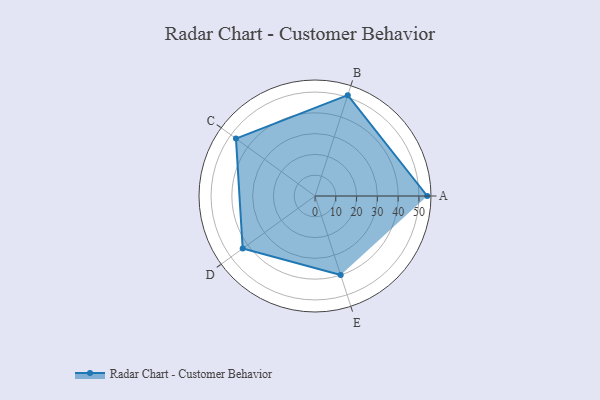
{"axis": {"x": "Skill", "y": "Score"}, "legend": ["Profile"], "data": [{"x": "A", "y": 54.0, "type": "Profile"}, {"x": "B", "y": 51.0, "type": "Profile"}, {"x": "C", "y": 47.0, "type": "Profile"}, {"x": "D", "y": 43.0, "type": "Profile"}, {"x": "E", "y": 40.0, "type": "Profile"}]}